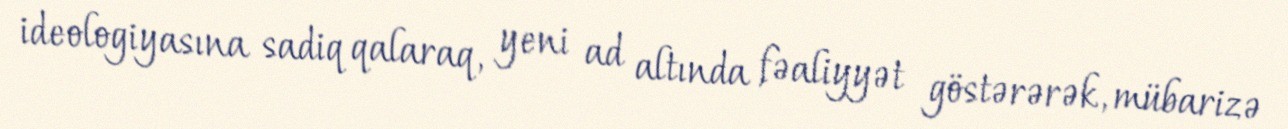
ideologiyasına sadiq qalaraq, yeni ad altında fəaliyyət göstərərək, mübarizə